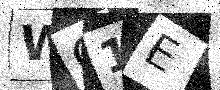
Text: WC1E